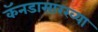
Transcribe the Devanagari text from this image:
कॅनडासारख्या